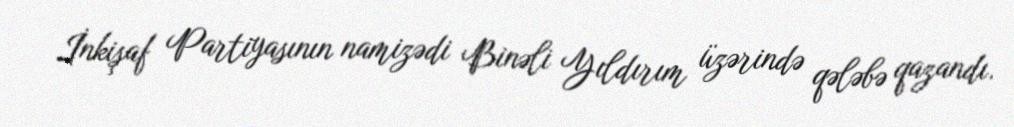
İnkişaf Partiyasının namizədi Binəli Yıldırım üzərində qələbə qazandı.